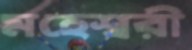
মহেশ্বরী